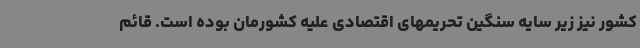
کشور نیز زیر سایه سنگین تحریمهای اقتصادی علیه کشورمان بوده است. قائم